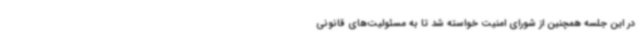
در این جلسه همچنین از شورای امنیت خواسته شد تا به مسئولیت‌های قانونی